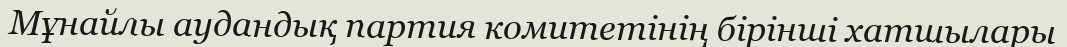
Мұнайлы аудандық партия комитетінің бірінші хатшылары